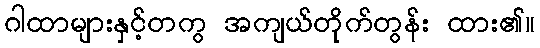
ဂါထာများနှင့်တကွ အကျယ်တိုက်တွန်း ထား၏။